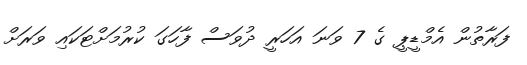
ފަރާތުން އެމްޑީޕީ ގެ 7 ވަނަ އަހަރީ ދުވަސް ފާހަގަ ކުރުމަށްޓަކައި ވަރަށް